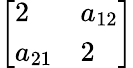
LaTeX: \left[{\begin{array}{ll}{2}&{a_{12}}\\ {a_{21}}&{2}\end{array}}\right]